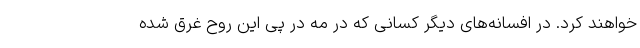
خواهند کرد. در افسانه‌های دیگر کسانی که در مه در پی این روح غرق شده